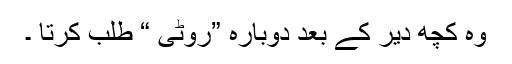
وہ کچھ دیر کے بعد دوبارہ ”روٹی “ طلب کرتا ۔